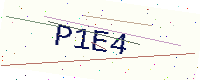
Text: P1E4